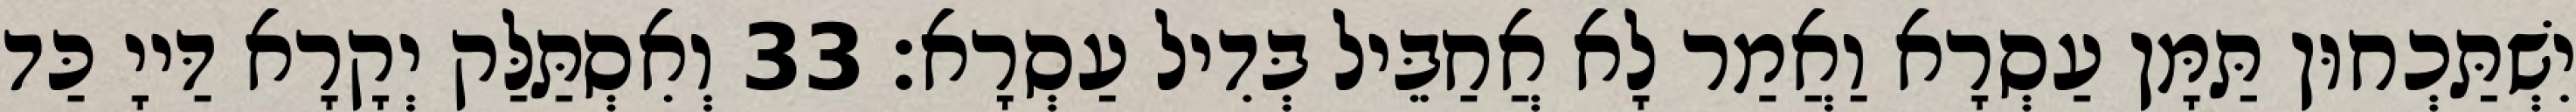
יִשְׁתַּכְחוּן תַּמָּן עַסְרָא וַאֲמַר לָא אֲחַבֵּיל בְּדִיל עַסְרָא׃ 33 וְאִסְתַּלַּק יְקָרָא דַּייָ כַּד